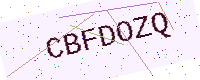
Text: CBFDOZQ